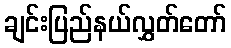
ချင်းပြည်နယ်လွှတ်တော်